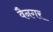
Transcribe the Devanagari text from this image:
वैनगर